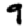
Digit: 9